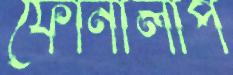
ফোনালাপ